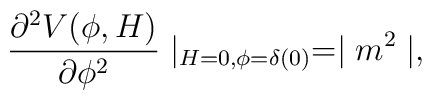
\frac{\partial^2 V(\phi,H)}{\partial \phi^2}\mid_{H=0,\phi=\delta(0)} = \mid m^2 \mid,